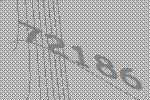
72186